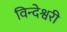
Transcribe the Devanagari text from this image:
विन्देश्वरी